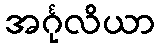
အင်္ဂုလိယာ